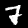
Digit: 7